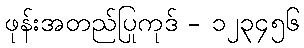
ဖုန်းအတည်ပြုကုဒ် - ၁၂၃၄၅၆